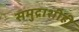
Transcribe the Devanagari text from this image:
समुद्राशीही